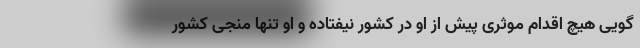
گویی هیچ اقدام موثری پیش از او در کشور نیفتاده و او تنها منجی کشور